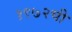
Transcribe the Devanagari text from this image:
१९७२ची